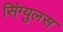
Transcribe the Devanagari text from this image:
सिंग्युलस